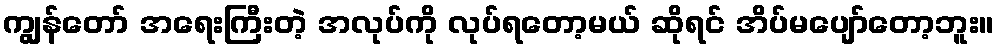
ကျွန်တော် အရေးကြီးတဲ့ အလုပ်ကို လုပ်ရတော့မယ် ဆိုရင် အိပ်မပျော်တော့ဘူး။